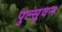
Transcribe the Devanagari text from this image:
पुल्सुवन